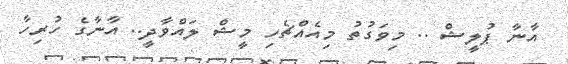
އާނާ ޕުލީޝް .. މިވަގުތު މިއެއްޗެހި މީޝް ލައްވާދީ.. އާނާގެ ހުރިހާ